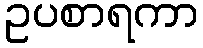
ဥပစာရကာ